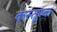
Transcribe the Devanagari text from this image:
कस्तूरक